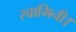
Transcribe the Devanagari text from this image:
स्वामिनी।